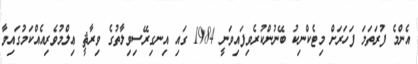
އެންމެ ފުރަތަމަ ފަހަރަށް މިޓެކްނިކު ބޭނުންކުރެވިފައިވަނީ 1984 ގައި އިނގިރޭސިވިލާތުގެ ވިރާޘީ ޢިލްމުވެރިއެއްކަމުގައިވާ